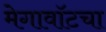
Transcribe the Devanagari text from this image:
मेगावॉटचा